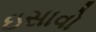
ઇસાવો